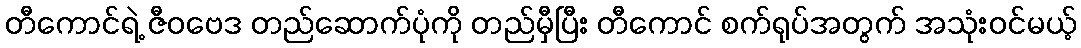
တီကောင်ရဲ့ ဇီဝဗေဒ တည်ဆောက်ပုံကို တည်မှီပြီး တီကောင် စက်ရုပ်အတွက် အသုံးဝင်မယ့်